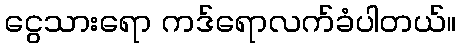
ငွေသားရော ကဒ်ရောလက်ခံပါတယ်။